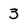
Character: 3